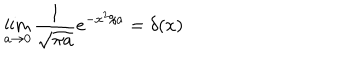
\lim _ { a \to 0 } \frac { 1 } { \sqrt { \pi a } } e ^ { - x ^ { 2 } / a } = \delta ( x )